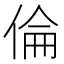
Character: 倫